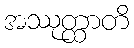
အဿုတ္ထာတိ